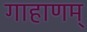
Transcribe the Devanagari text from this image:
गाहाणम्